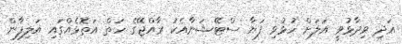
އަދި ވިދާޅުވީ އަލަށް ހުޅުވި ފަޔާ ސްޓޭޝަނާއެކު ރާއްޖޭގެ ހަތް އަތޮޅެއްގައި އަލިފާން